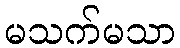
မသက်မသာ